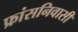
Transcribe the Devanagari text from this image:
फ्रांसनिवासी